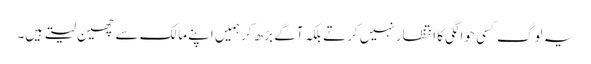
یہ لوگ کسی حوالگی کا انتظار نہیں کرتے بلکہ آگے بڑھ کر ہمیں اپنے مالک سے چھین لیتے ہیں۔